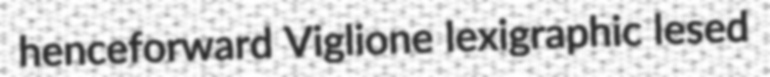
henceforward Viglione lexigraphic lesed